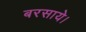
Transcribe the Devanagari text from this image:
बरसाये।